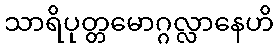
သာရိပုတ္တမောဂ္ဂလ္လာနေဟိ